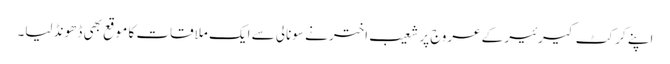
اپنے کرکٹ کیرئیر کے عروج پر شعیب اختر نے سونالی سے ایک ملاقات کا موقع بھی ڈھونڈ لیا۔